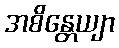
အစိန္တေယျာ